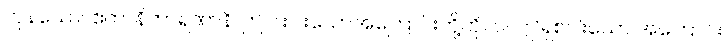
ကုန်သော။ ဧတာနိကာရဏာနိ၊ ဤငါးပါးသောအကြောင်းတို့ကို။ ဝါ၊ ဤရှစ်ပါးသော အကြောင်း